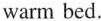
warm bed.